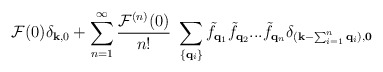
\begin{align*}{\mathcal{F}}(0)\delta_{ {\bf{k}}, 0 } + \sum_{n=1}^{\infty} \frac{ {\mathcal{F}}^{(n)}(0) }{n!}\mbox{ }\sum_{ \{ {\bf{q}}_{i} \} }{\tilde{f}}_{ {\bf{q}}_{1} }{\tilde{f}}_{ {\bf{q}}_{2} }...{\tilde{f}}_{ {\bf{q}}_{n} }\delta_{ ( {\bf{k}} - \sum_{i=1}^{n}{\bf{q}}_{i} ), {\bf{0}} }\end{align*}